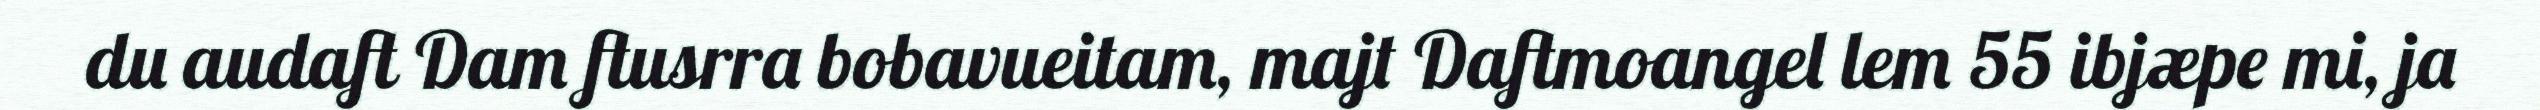
du audaft Dam ftusrra bobavueitam, majt Daftmoangel lem 55 ibjæpe mi, ja